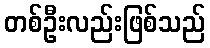
တစ်ဦးလည်းဖြစ်သည်